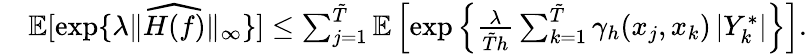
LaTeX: \begin{array}{rl}&{\mathbb{E}[\exp\{ \lambda\| \widehat{H(f)}\| _{\infty}\} ]\leq\sum_{j=1}^{\tilde{T}}\mathbb{E}\left[\exp\left\{ \frac{\lambda}{\tilde{T}h}\sum_{k=1}^{\tilde{T}}\gamma_{h}(x_{j},x_{k})\left|Y_{k}^{*}\right|\right\} \right].}\end{array}